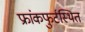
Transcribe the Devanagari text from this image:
फ्रांकफुर्टस्थित